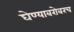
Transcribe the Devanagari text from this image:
घेण्याबरोबरच